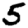
Digit: 5